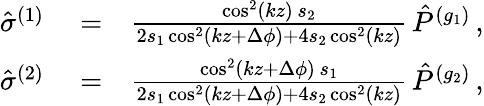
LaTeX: \begin{array}{rlr}{{\hat{\sigma}}^{(1)}}&{{}=}&{\frac{\cos^{2}(kz)\, s_{2}}{2s_{1}\cos^{2}(kz+\Delta\phi)+4s_{2}\cos^{2}(kz)}\, {\hat{P}}^{(g_{1})}\, ,}\\ {{\hat{\sigma}}^{(2)}}&{{}=}&{\frac{\cos^{2}(kz+\Delta\phi)\, s_{1}}{2s_{1}\cos^{2}(kz+\Delta\phi)+4s_{2}\cos^{2}(kz)}\, {\hat{P}}^{(g_{2})}\, ,}\end{array}